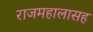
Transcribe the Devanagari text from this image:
राजमहालासह